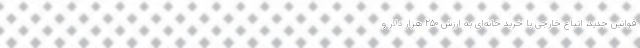
قوانین جدید، اتباع خارجی با خرید خانه‌ای به ارزش ۲۵۰ هزار دلار و